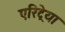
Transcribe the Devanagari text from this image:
एरिट्रेया